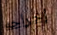
إخراجه